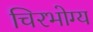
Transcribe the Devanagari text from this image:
चिरभोग्य